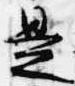
是